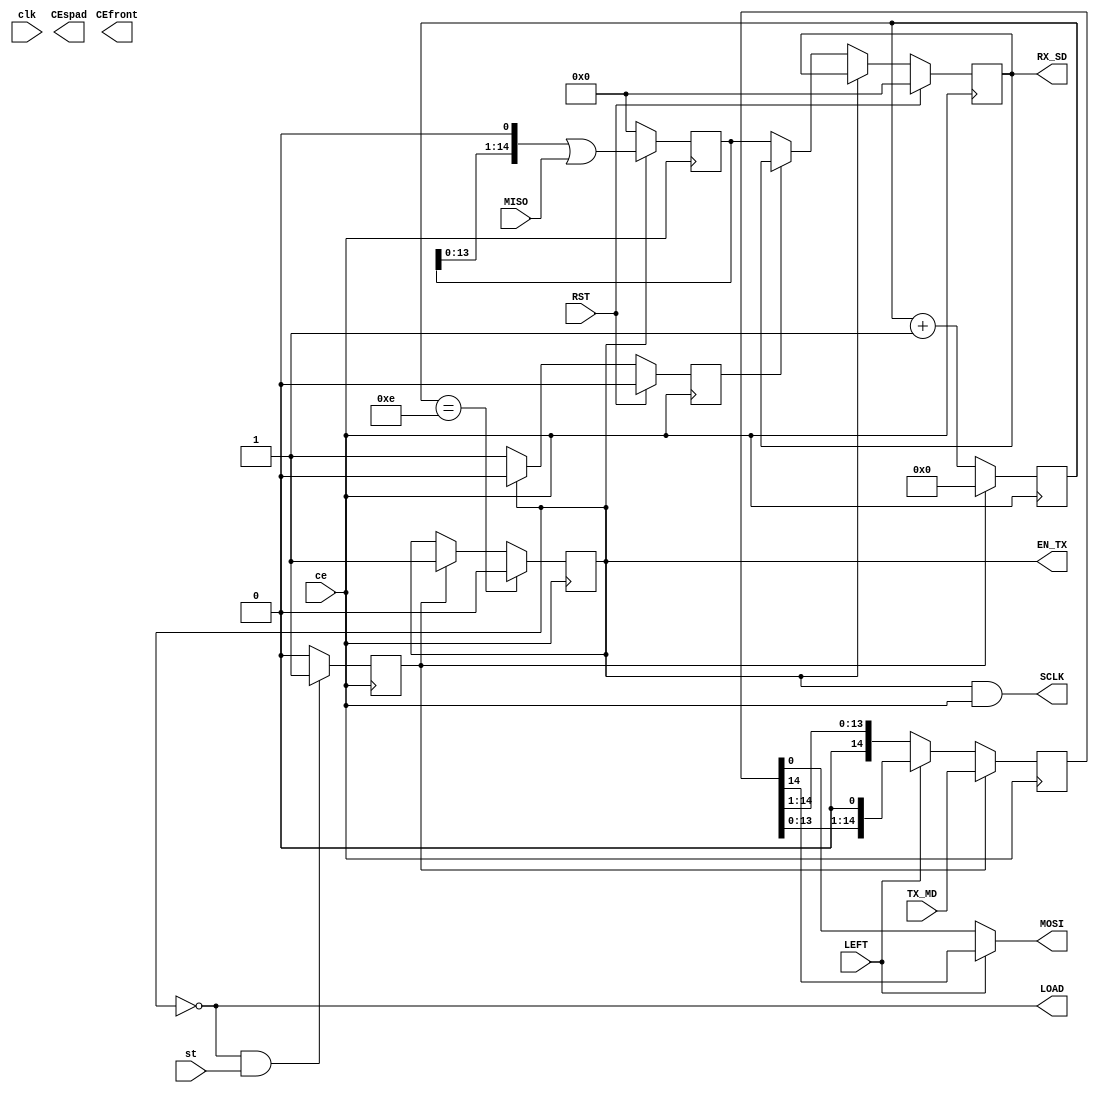
`timescale 1ns / 1ps
//////////////////////////////////////////////////////////////////////////////////
// Company: 
// Engineer: 
// 
// Design Name: 
// Module Name: SPI_MASTER
// Project Name: 
// Target Devices: 
// Tool Versions: 
// Description: 
// 
// Dependencies: 
// 
// Revision:
// Revision 0.01 - File Created
// Additional Comments:
// 
//////////////////////////////////////////////////////////////////////////////////


module SPI_MASTER#    
    (
    parameter integer m = 15 // Data packet size
    )
    (
    input clk,
    input wire RST,
    output reg EN_TX=0,
    input ce, 
    output wire LOAD,
    input st, 
    output wire SCLK,
    input MISO, 
    output wire MOSI,
    input [m-1:0] TX_MD,
    output reg [m-1:0] RX_SD=0,
    input LEFT,
    output wire CEfront,
    output wire CEspad
    );
    reg [m-1:0] MQ=0 ; //    MASTER-
    reg [m-1:0] MRX=0 ; //    MASTER-
    reg ss = 0;
    reg [5:0] T_del = 0;
    reg [3:0] cb_bit=0; // 
    assign MOSI = LEFT ? MQ[m-1] : MQ[0] ; //   MASTER-
    assign LOAD = !EN_TX; //  /
    
    assign SCLK = EN_TX & ce;
    
    reg st_buf = 1'b0;
    always @(posedge ce) begin
        if (!EN_TX & st) begin
            st_buf <= 1'b1;
        end
        else begin
            st_buf <= 1'b0;
        end
    end
    
    always @(negedge ce) begin
        MQ <= st_buf? TX_MD : LEFT ? MQ<<1 : MQ>>1;
        EN_TX <= (cb_bit == (m-1))? 0 : st_buf? 1'b1 : EN_TX;
        cb_bit <= st_buf? 0 : cb_bit + 4'd1 ;
    end
    
    reg wready = 1'b0;
    always @(posedge ce) begin
        MRX <= (EN_TX == 1'b1) ? MRX<<1 | MISO : 0;
        if (RST == 1'b1) begin
            RX_SD <= 0;
            wready <= 1'b0;
        end
        else if (EN_TX == 1'b0) begin
            if (wready == 1'b0) begin
                RX_SD <= MRX;
            end
            wready <= 1'b1;
        end
        else begin
            wready <= 1'b0;
            RX_SD <= RX_SD;
        end
    end
    
    //always @(posedge LOAD) begin
        
    //end
    
endmodule